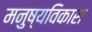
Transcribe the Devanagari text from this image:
मनुष्यविकास